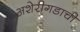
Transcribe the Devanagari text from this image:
अशेरीगडाची